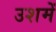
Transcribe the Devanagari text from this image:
उशमें